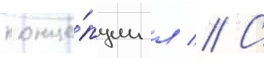
конце́пции л // С